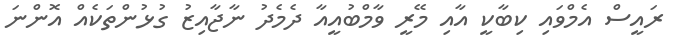
ރައީސް އެމްވައި ކިބާކީ އާއި މޭރީ ވާމްބުއީއާ ދެމެދު ނާޖާއިޒު ގުޅުންތަކެއް އޮންނަ